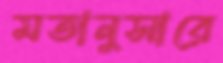
মতানুসারে